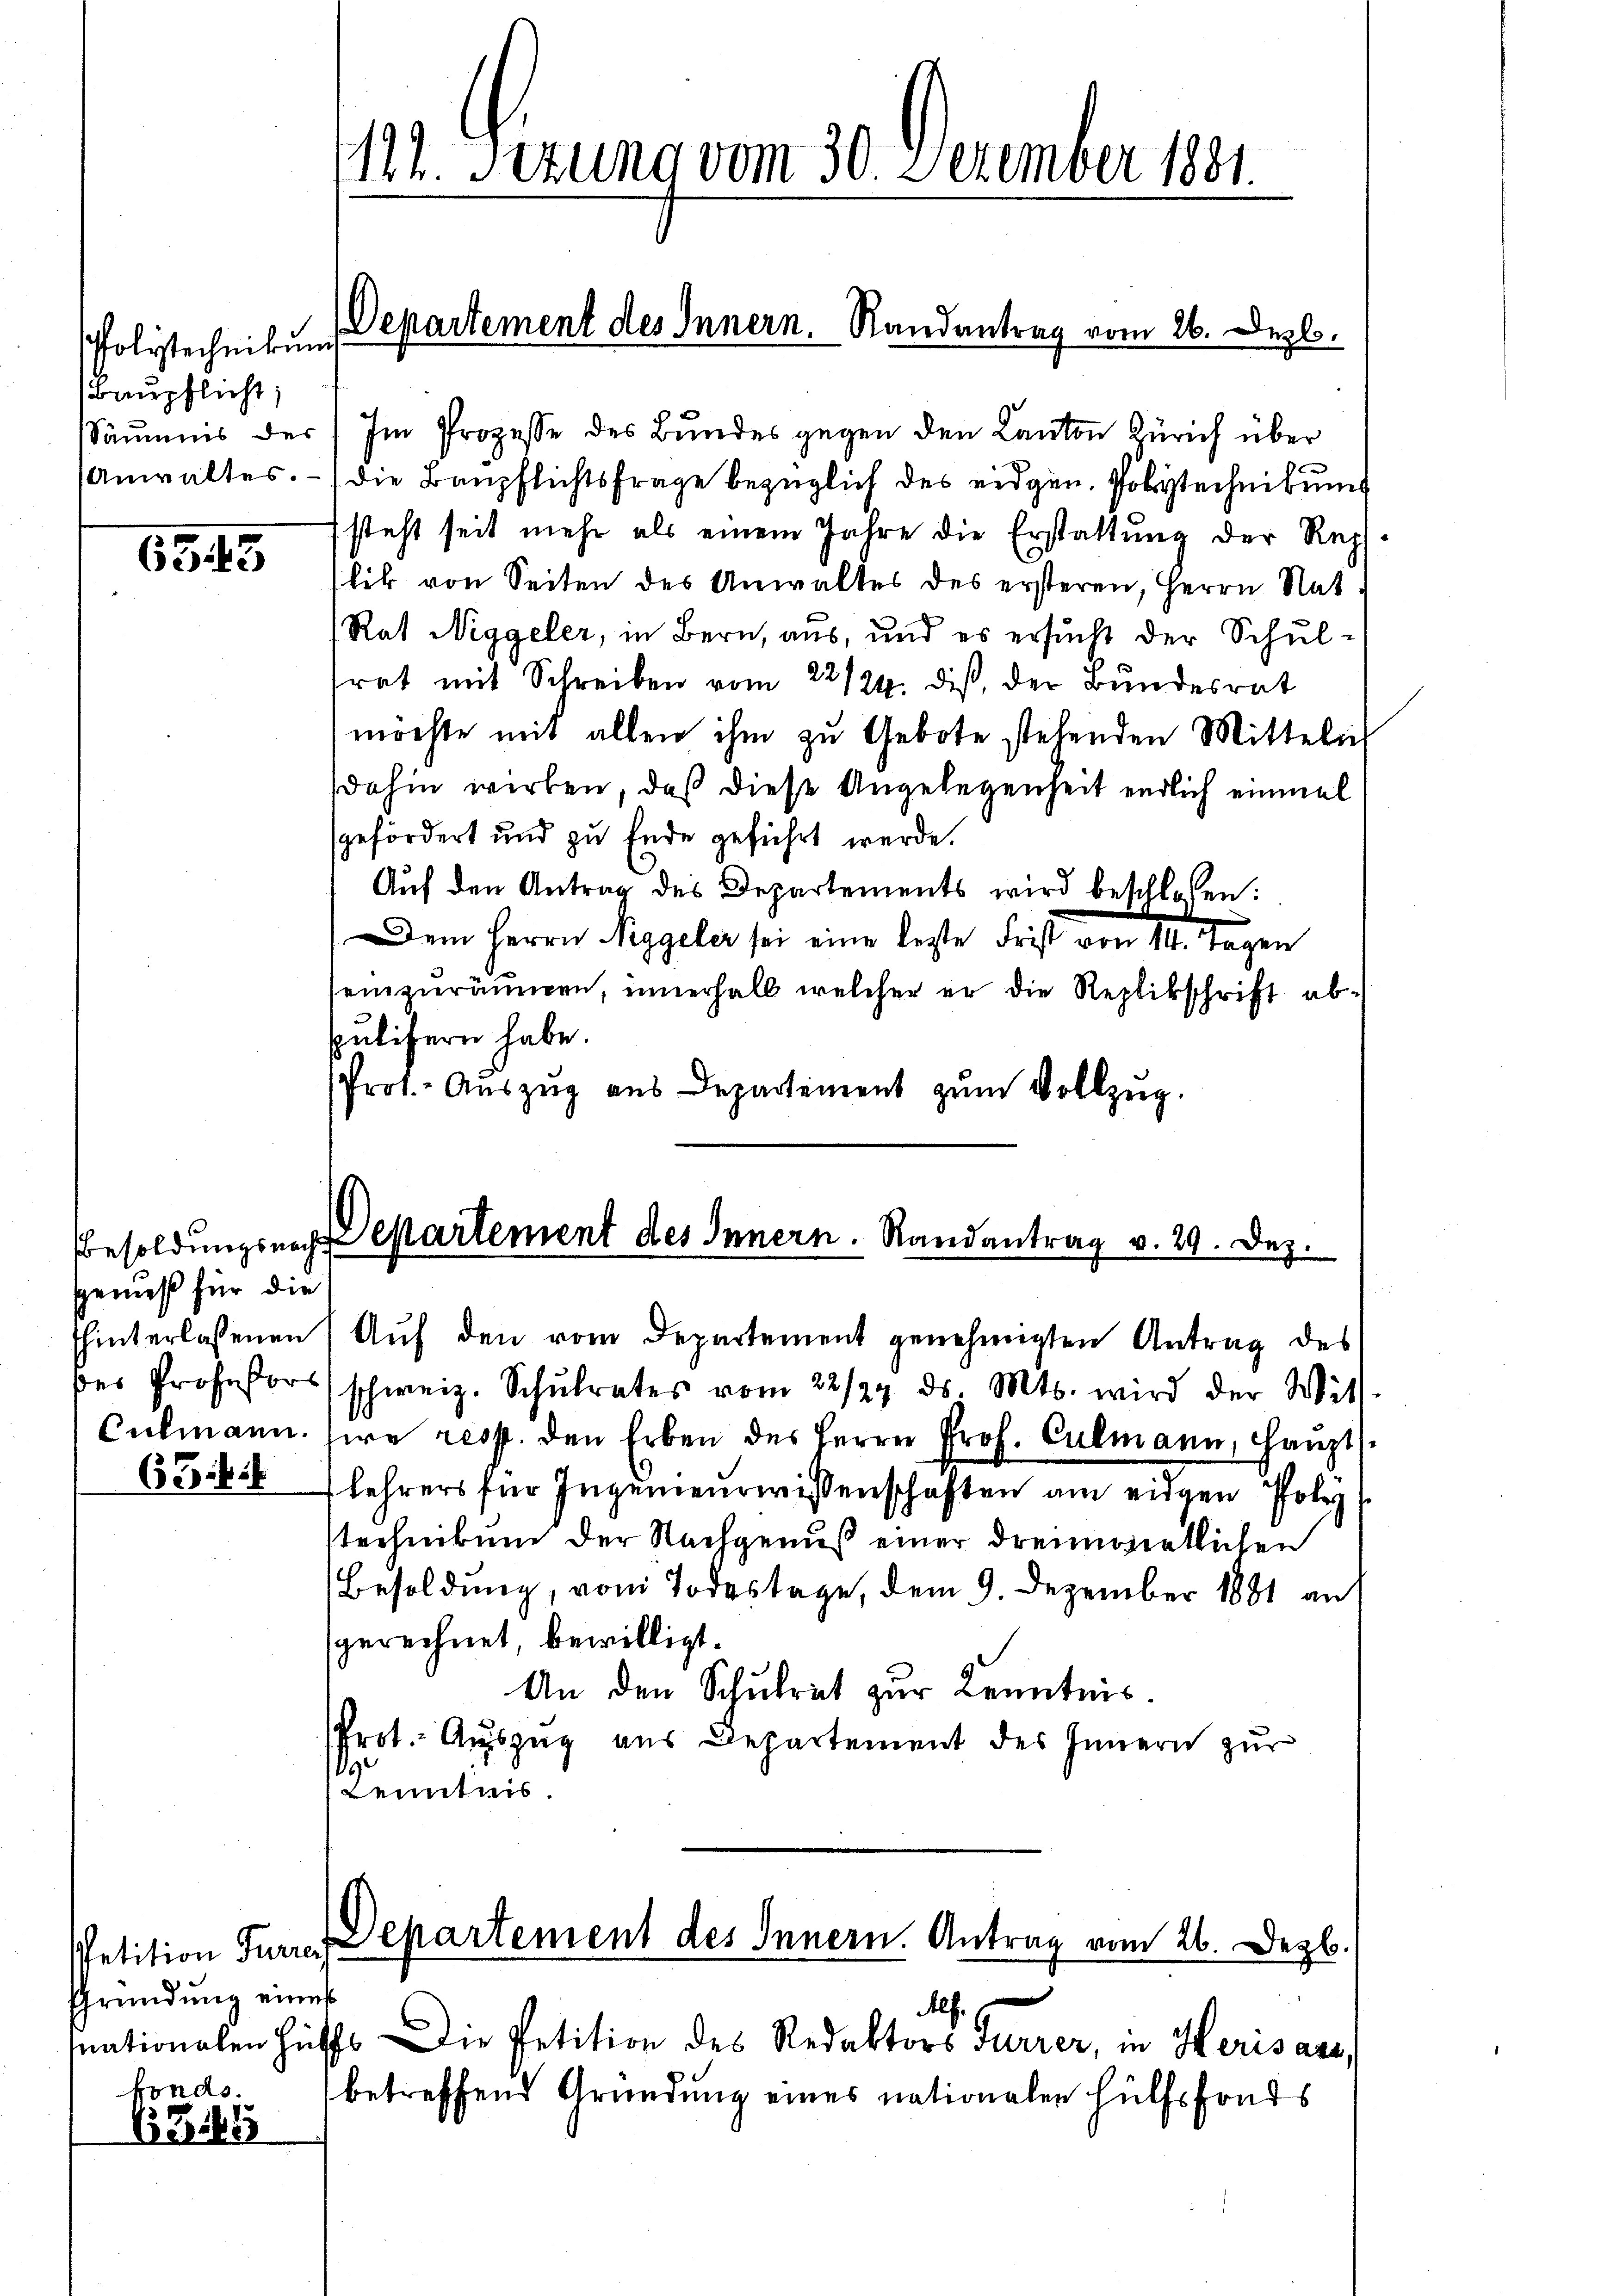
folytechnikum
(Baupflicht;
Anwaltes.

6345

genuß für die

62.

Gründung eines
fonds.

639

111. Sezung vom 30. December 1891.

Departement des Innern. Randantrag vom 26. Dezb.

Säṁmis der Im Prozesse des Bŭndes gegen den Kanton Zürich über
(die Baupflichtsfrage bezüglich des eidgen. Polytecheibung
steht seit mehr als einem Jahre die Erstattung der Rechlik von Seiten des Anwaltes des ersteren, Herrn Nat.
Rat Niggeler, in Bern, aus, und es ersucht der Schultrat mit Schreiben vom 22/24. dis, der Bundesrat
möchte mit allen ihm zu Gebote stehenden Mitteln
dahin wirken, daß diese Angelegenheit endlich einmal
gefördert und zu Ende geführt werde.
Aŭf den Antrag des Departements wird beschlossen:
Dem Herrn Riggeler sei eine beste Frist von 14. Tagen
seinzuräumen, innerhalb welcher er die Replikschrift abpulifern habe.
Prot. Auszug aus Departement zum Vollzug.

Besoldungsnach Departement des Innern. Randantrag v. 29. Dez.

hinterlassenen Auf den vom Departement genehmigten Antrag des
des Professors schweiz. Schŭlrates vom 22/27. ds. Mts. wird der Wits

Culmann sie resp. den Erben des Herrn Prof. Culmann, Haupt¬
Lehrers für Ingenieurwissenschaften am eidgen Poliz
stechnikum der Nachgenuß einer dreimosentlichen
Besoldung, vom Todestage, dem 9. Dezember 1881 an
gerechnet, bewilligt.
An den Schulrat zur Kenntnis.
Prot. Auszug aus Departement des Innern zur
Kenntnis.

nationalen Hülfs Die Petition des Redaktors Furrer, in Herisard,
betreffend Gründung eines nationalen Hülfsfonds

Petition Furren Departement des Innern. Antrag vom 26. Dezb.
Af.